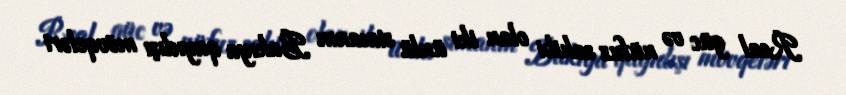
Real güc və nüfuz sahibi olan iki ünlü simanın Bakıya qayıdışı mövqeləri